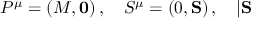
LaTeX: P ^ { \mu } = ( M , \mathbf { 0 } ) \, , \quad S ^ { \mu } = ( 0 , \mathbf { S } ) \, , \quad | \mathbf { S }